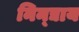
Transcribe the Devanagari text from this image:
निन्द्याय